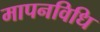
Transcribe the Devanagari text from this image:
मापनविधि